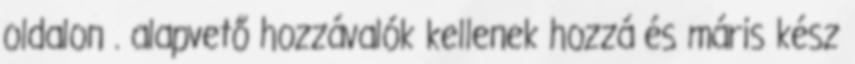
oldalon . alapvető hozzávalók kellenek hozzá és máris kész